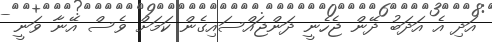
އަދި އެ އަދަބު ދޭން ޖެހެނީ ދަންޖައްސައިގެން ކަމަށް ވެސް އޭނާ ވަނީ